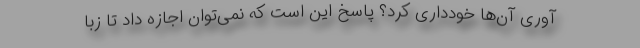
آوری آن‌ها خودداری کرد؟ پاسخ این است که نمی‌توان اجازه داد تا زبا